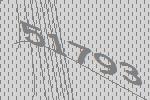
51793